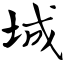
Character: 城